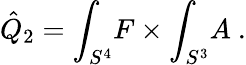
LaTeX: \hat{Q}_{2}=\int_{S^{4}}\! F\times\int_{S^{3}}\! A\ .